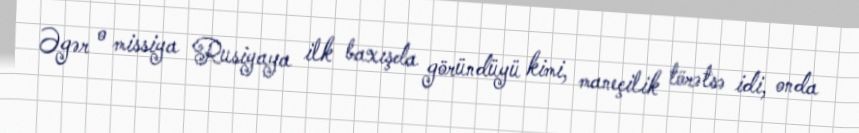
Əgər o missiya Rusiyaya ilk baxışda göründüyü kimi, maneçilik törətsə idi, onda